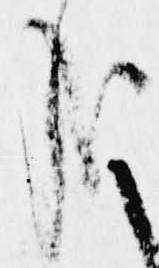
哉